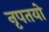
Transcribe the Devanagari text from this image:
नृपतयो